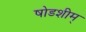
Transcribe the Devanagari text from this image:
षोडशीम्